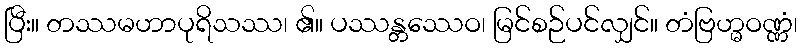
ပြီး။ တဿမဟာပုရိသဿ၊ ၏။ ပဿန္တဿေဝ၊ မြင်စဉ်ပင်လျှင်။ တံဗြဟ္မဝဏ္ဏံ၊